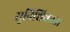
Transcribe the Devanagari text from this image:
सुनिशिचतता